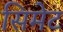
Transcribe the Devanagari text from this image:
सिमेट